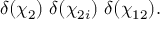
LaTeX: \delta ( \chi _ { 2 } ) \ \delta ( \chi _ { 2 i } ) \ \delta ( \chi _ { 1 2 } ) .